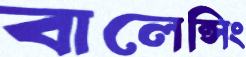
বালেন্সিং